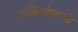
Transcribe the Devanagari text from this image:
लाजिओकान्डे